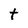
Character: t